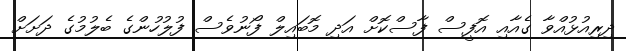
ދިރިއުޅުއްވާ ގެއާއި އޮފީސް ފާސްކޮށް އަދި މޮބައިލް ފޯނުވެސް ފުލުހުންގެ ބެލުމުގެ ދަށަށް